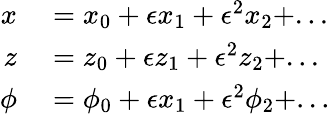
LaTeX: \begin{array}{rl}{x}&{{}=x_{0}+\epsilon x_{1}+\epsilon^{2}x_{2}+...}\\ {z}&{{}=z_{0}+\epsilon z_{1}+\epsilon^{2}z_{2}+...}\\ {\phi}&{{}=\phi_{0}+\epsilon x_{1}+\epsilon^{2}\phi_{2}+...}\end{array}